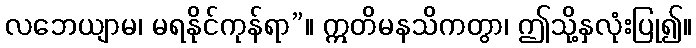
လဘေယျာမ၊ မရနိုင်ကုန်ရာ”။ ဣတိမနသိကတွာ၊ ဤသို့နှလုံးပြု၍။